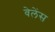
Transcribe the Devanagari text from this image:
वेलेंस